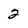
Character: 2